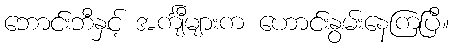
ဘောင်းဘီနှင့် အင်္ကျီများက ဟောင်းနွမ်းနေကြပြီ။